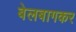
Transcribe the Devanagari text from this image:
बेलबागकर